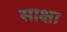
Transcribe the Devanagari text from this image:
साक्षा